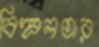
বিহ্বলতার